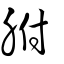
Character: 胕